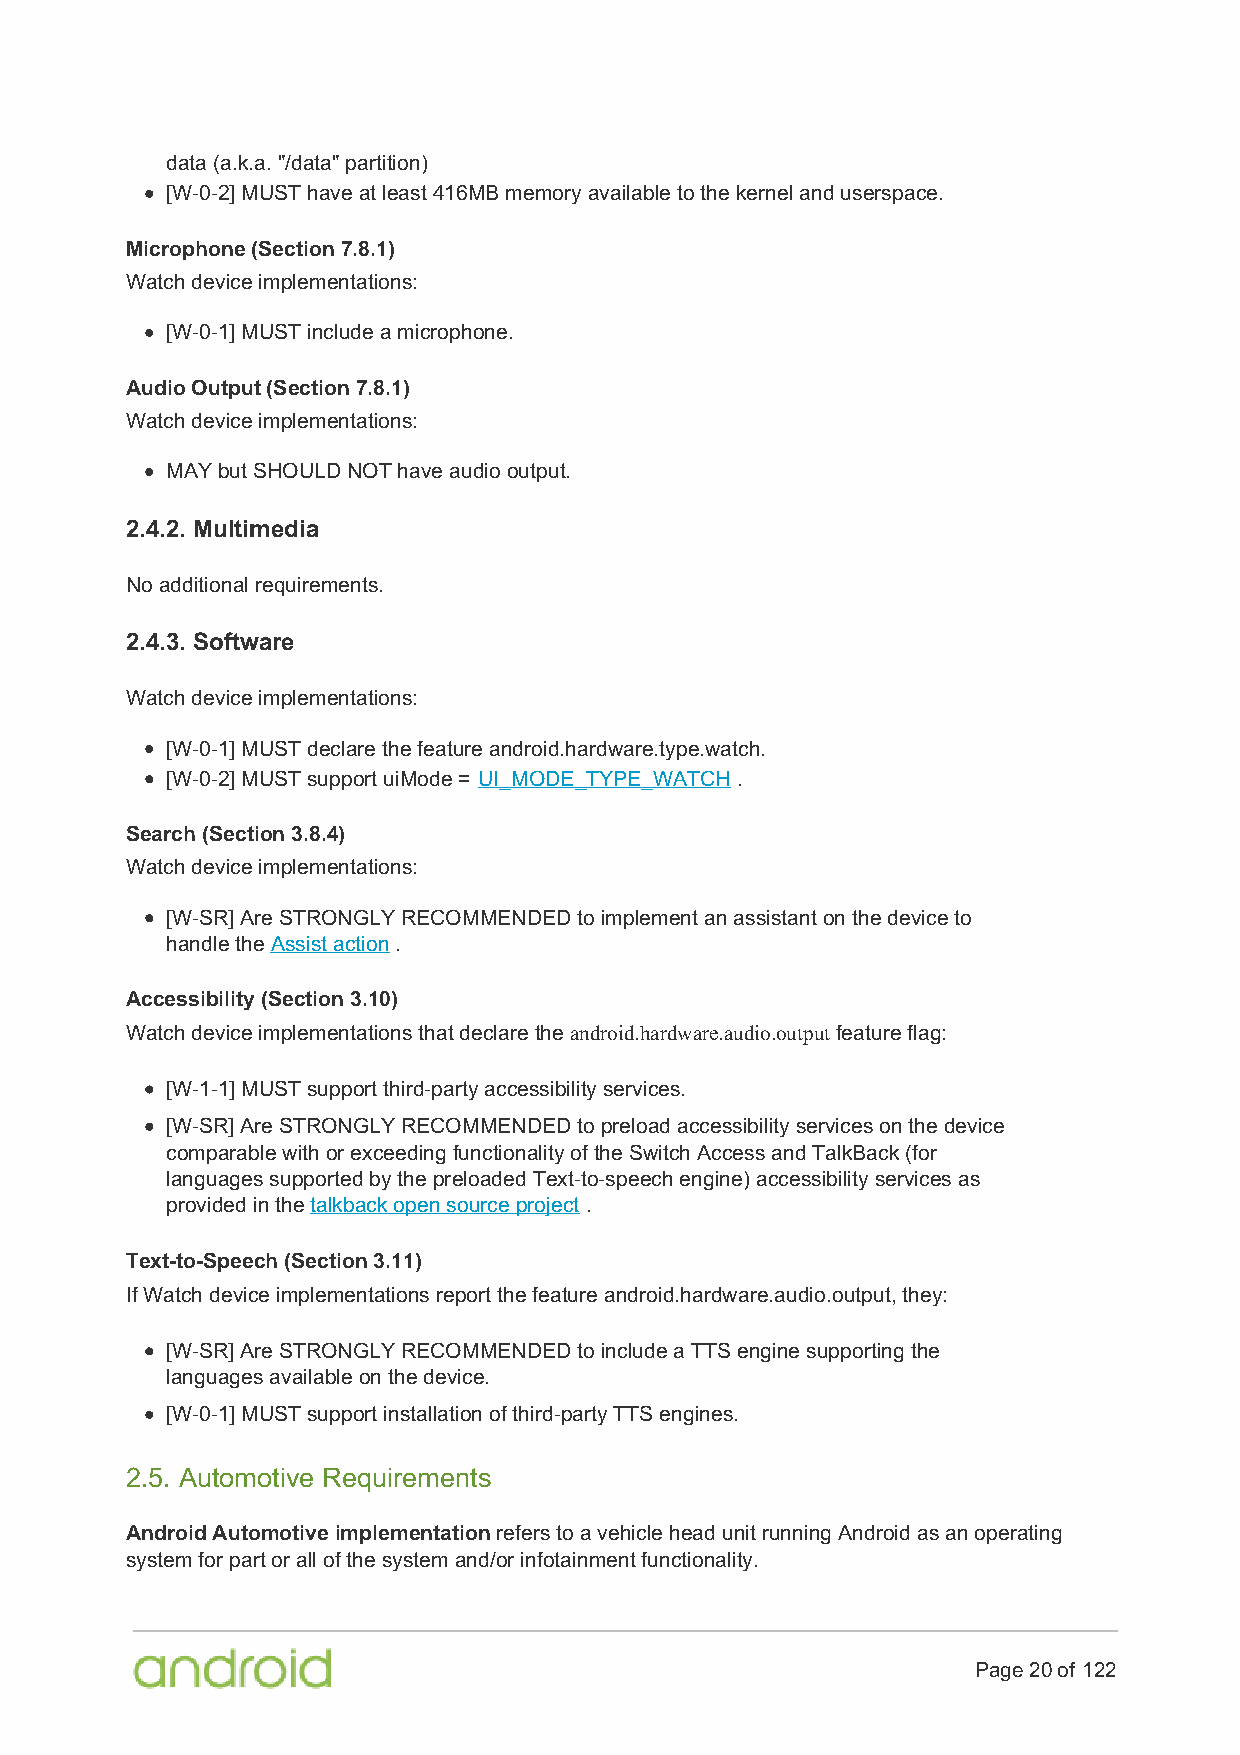
data (a.k.a. "/data" partition)
 [W-0-2] MUST have at least 416MB memory available to the kernel and userspace.
 Microphone (Section 7.8.1)
 Watch device implementations:
 [W-0-1] MUST include a microphone.
 Audio Output (Section 7.8.1)
 Watch device implementations:
 MAY but SHOULD NOT have audio output.
 2.4.2. Multimedia
 No additional requirements.
 2.4.3. Software
 Watch device implementations:
 [W-0-1] MUST declare the feature android.hardware.type.watch.
 [W-0-2] MUST support uiMode = UI_MODE_TYPE_WATCH .
 Search (Section 3.8.4)
 Watch device implementations:
 [W-SR] Are STRONGLY RECOMMENDED to implement an assistant on the device to
 handle the Assist action .
 Accessibility (Section 3.10)
 Watch device implementations that declare the android.hardware.audio.output feature flag:
 [W-1-1] MUST support third-party accessibility services.
 [W-SR] Are STRONGLY RECOMMENDED to preload accessibility services on the device
 comparable with or exceeding functionality of the Switch Access and TalkBack (for
 languages supported by the preloaded Text-to-speech engine) accessibility services as
 provided in the talkback open source project .
 Text-to-Speech (Section 3.11)
 If Watch device implementations report the feature android.hardware.audio.output, they:
 [W-SR] Are STRONGLY RECOMMENDED to include a TTS engine supporting the
 languages available on the device.
 [W-0-1] MUST support installation of third-party TTS engines.
 2.5. Automotive Requirements
 Android Automotive implementation refers to a vehicle head unit running Android as an operating
 system for part or all of the system and/or infotainment functionality.
 Page 20 of 122